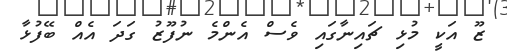
ޒޫ އަކީ މުޅި ޗައިނާގައި ވެސް އެންމެ ނުފޫޒު ގަދަ އެއް ބޭފުޅާ